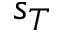
s _ { T }